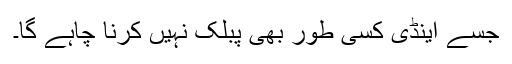
جسے اینڈی کسی طور بھی پبلک نہیں کرنا چاہے گا۔